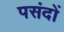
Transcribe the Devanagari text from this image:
पसंदों